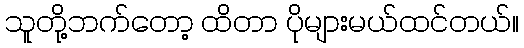
သူတို့ဘက်တော့ ထိတာ ပိုများမယ်ထင်တယ်။